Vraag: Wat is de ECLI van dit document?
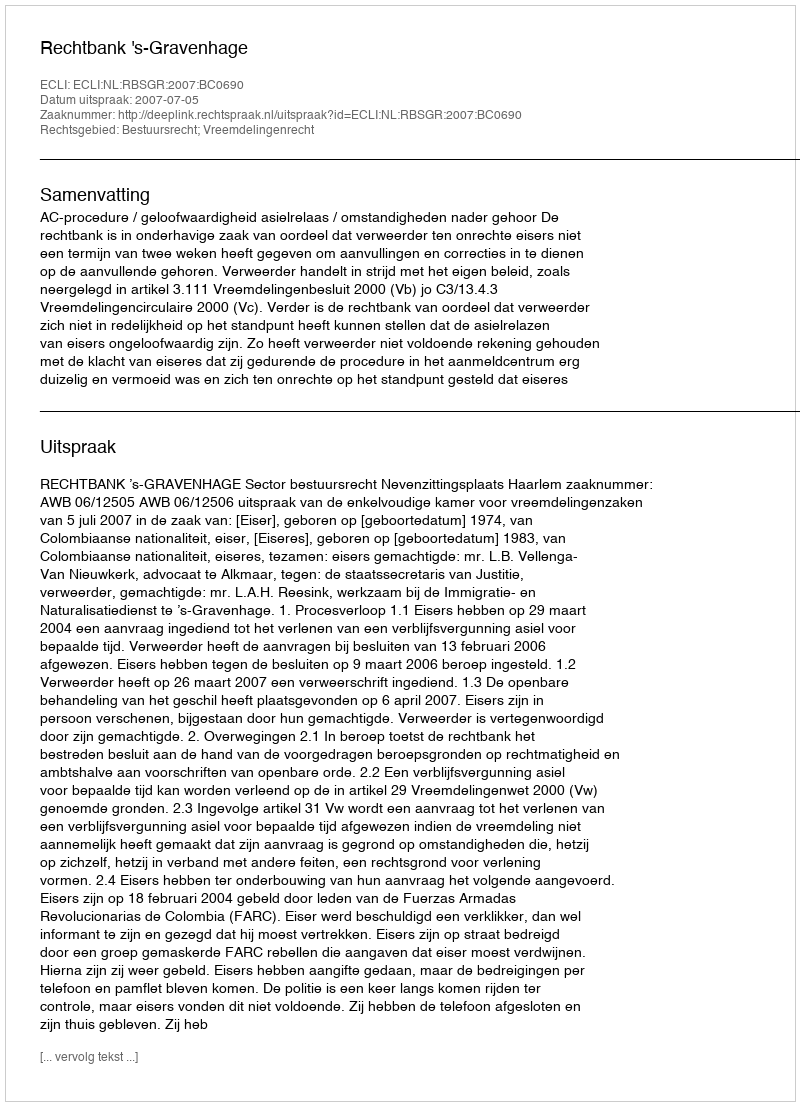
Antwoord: ECLI:NL:RBSGR:2007:BC0690